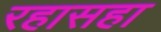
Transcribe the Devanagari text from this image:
रहासहा